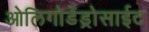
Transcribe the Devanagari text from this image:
ओलिगोडेंड्रोसाईट